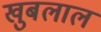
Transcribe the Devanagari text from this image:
खुबलाल